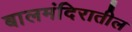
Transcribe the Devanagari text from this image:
बालमंदिरातील